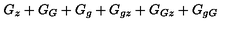
G _ { z } + G _ { G } + G _ { g } + G _ { g z } + G _ { G z } + G _ { g G }